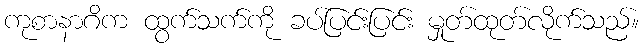
ကုစာနာဂိက ထွက်သက်ကို ခပ်ပြင်းပြင်း မှုတ်ထုတ်လိုက်သည်။